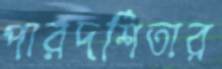
পারদর্শিতার